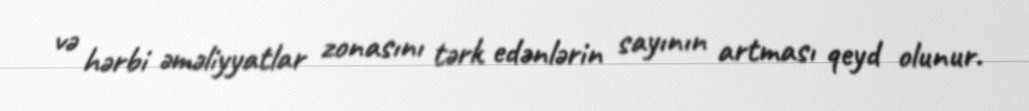
və hərbi əməliyyatlar zonasını tərk edənlərin sayının artması qeyd olunur.